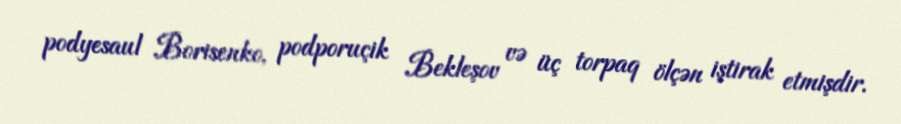
podyesaul Borisenko, podporuçik Bekleşov və üç torpaq ölçən iştirak etmişdir.